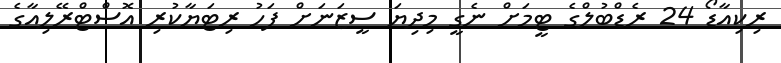
ރިކިއާޑޯ 24 ރެޑްބުލްގެ ޓީމަށް ނެގީ މިދިޔަ ސީޒަނަށް ފަހު ރިޓަޔާކުރި އޮސްޓްރޭލިއާގެ